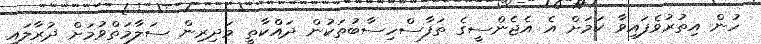
ހުން އިތުރުވެފައިވާ ކަމަށް އެ އެޖެންސީގެ ތަފާސްހިސާބުތަކުން ދައްކާތީ މަދިރިން ސަލާމަތްވުމަށް ދުރާލައި